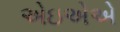
એઇએએ